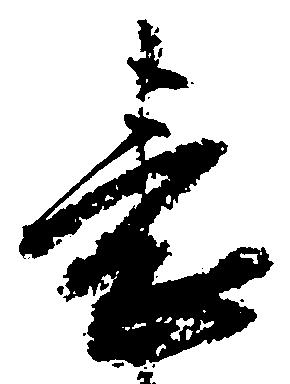
表